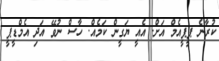
ކުރާނެ ޕީޕީއެމް އަށް. އެއީ ޔަގީން ކަމެއް. ހާސް ނުވޭ އަދި އެމްޑީޕީ